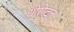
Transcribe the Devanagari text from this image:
धीरोद्धत।